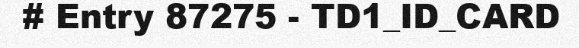
# Entry 87275 - TD1_ID_CARD